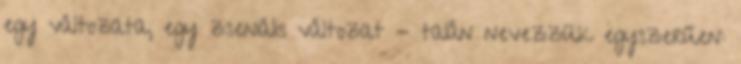
egy változata, egy zseniális változat - talán nevezzük egyszerűen: